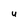
Character: U